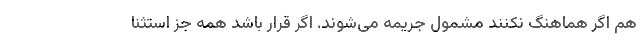
هم اگر هماهنگ نکنند مشمول جریمه می‌شوند. اگر قرار باشد همه جز استثنا